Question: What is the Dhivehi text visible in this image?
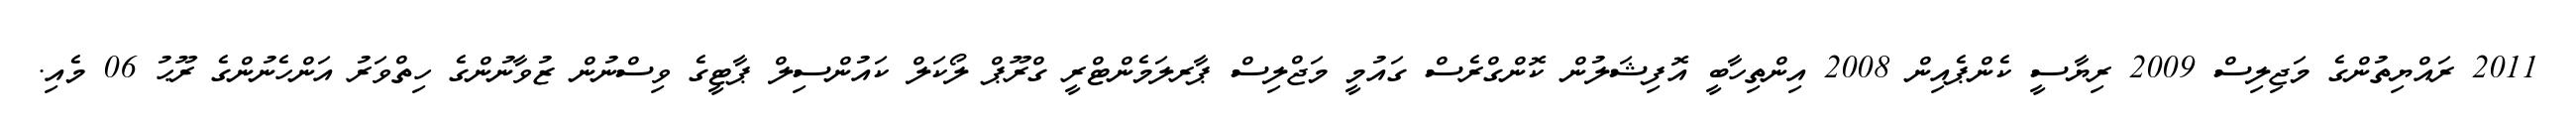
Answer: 2011 ރައްޔިތުންގެ މަޖިލިސް 2009 ރިޔާސީ ކެންޕެއިން 2008 އިންތިހާބީ އޮފިޝަލުން ކޮންގްރެސް ގައުމީ މަޖްލިސް ޕާރލަމެންޓްރީ ގްރޫޕް ލޯކަލް ކައުންސިލް ޕާޓީގެ ވިސްނުން ޒުވާނުންގެ ހިތްވަރު އަންހެނުންގެ ރޫޙު 06 މެއި.